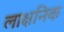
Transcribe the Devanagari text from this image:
लाक्षनिक